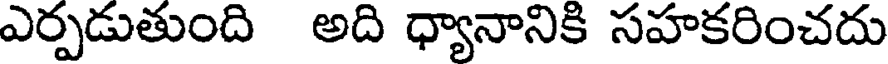
ఎర్పడుతుంది అది ధ్యానానికి సహకరించదు